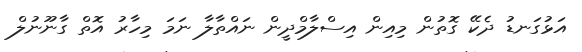
އަޅުގަނޑު ދެކޭ ގޮތުން މިއިން އިސްލާމްދީން ނައްތާލާ ނަމަ މިހާރު އޮތް ގާނޫނުލް